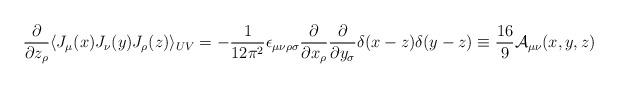
LaTeX: \begin{align*}\frac{\partial }{\partial z_{\rho }}\langle J_{\mu }(x)J_{\nu }(y)J_{\rho}(z)\rangle _{UV}=-\frac{1}{12\pi ^{2}}\epsilon _{\mu \nu\rho \sigma }\frac{\partial }{\partial x_{\rho }}\frac{\partial }{\partial y_{\sigma}}\delta(x-z)\delta (y-z)\equiv\frac{16}{9} {\cal A}_{\mu \nu }(x,y,z)\end{align*}